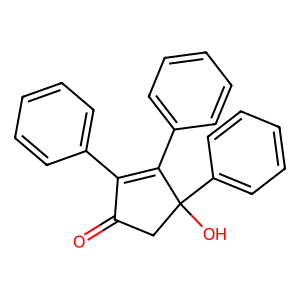
SMILES: O=C1CC(O)(c2ccccc2)C(c2ccccc2)=C1c1ccccc1
Inhibits HIV replication: No